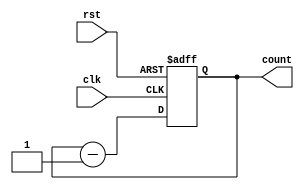
`timescale 1ns / 1ps
//////////////////////////////////////////////////////////////////////////////////
// Company: 
// 
// Design Name: 
// Module Name: down_counter
// Project Name: 
// Target Devices: 
// Tool Versions: 
// Description: 
// 
// Dependencies: 
// 
// Revision:
// Revision 0.01 - File Created
// Additional Comments:
// 
//////////////////////////////////////////////////////////////////////////////////


module down_counter(input clk,
                    input rst,
                    output reg[3:0] count);
      
      always @(posedge clk or posedge rst) begin
        if(rst)
            count <= 4'b1111;
        else
            count <= count - 1;
      end
      
        
endmodule